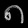
Digit: ၈